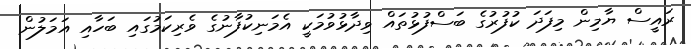
ރައީސް ޔާމިން މިފަދަ ކުފުރުގެ ބަސްފުޅުތައް ވިދާޅުވުމަކީ އެމަނިކުފާނުގެ ވެރިކަމުގައި ބަހާއި އަމަލުން